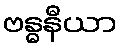
ဗန္ဓနီယာ